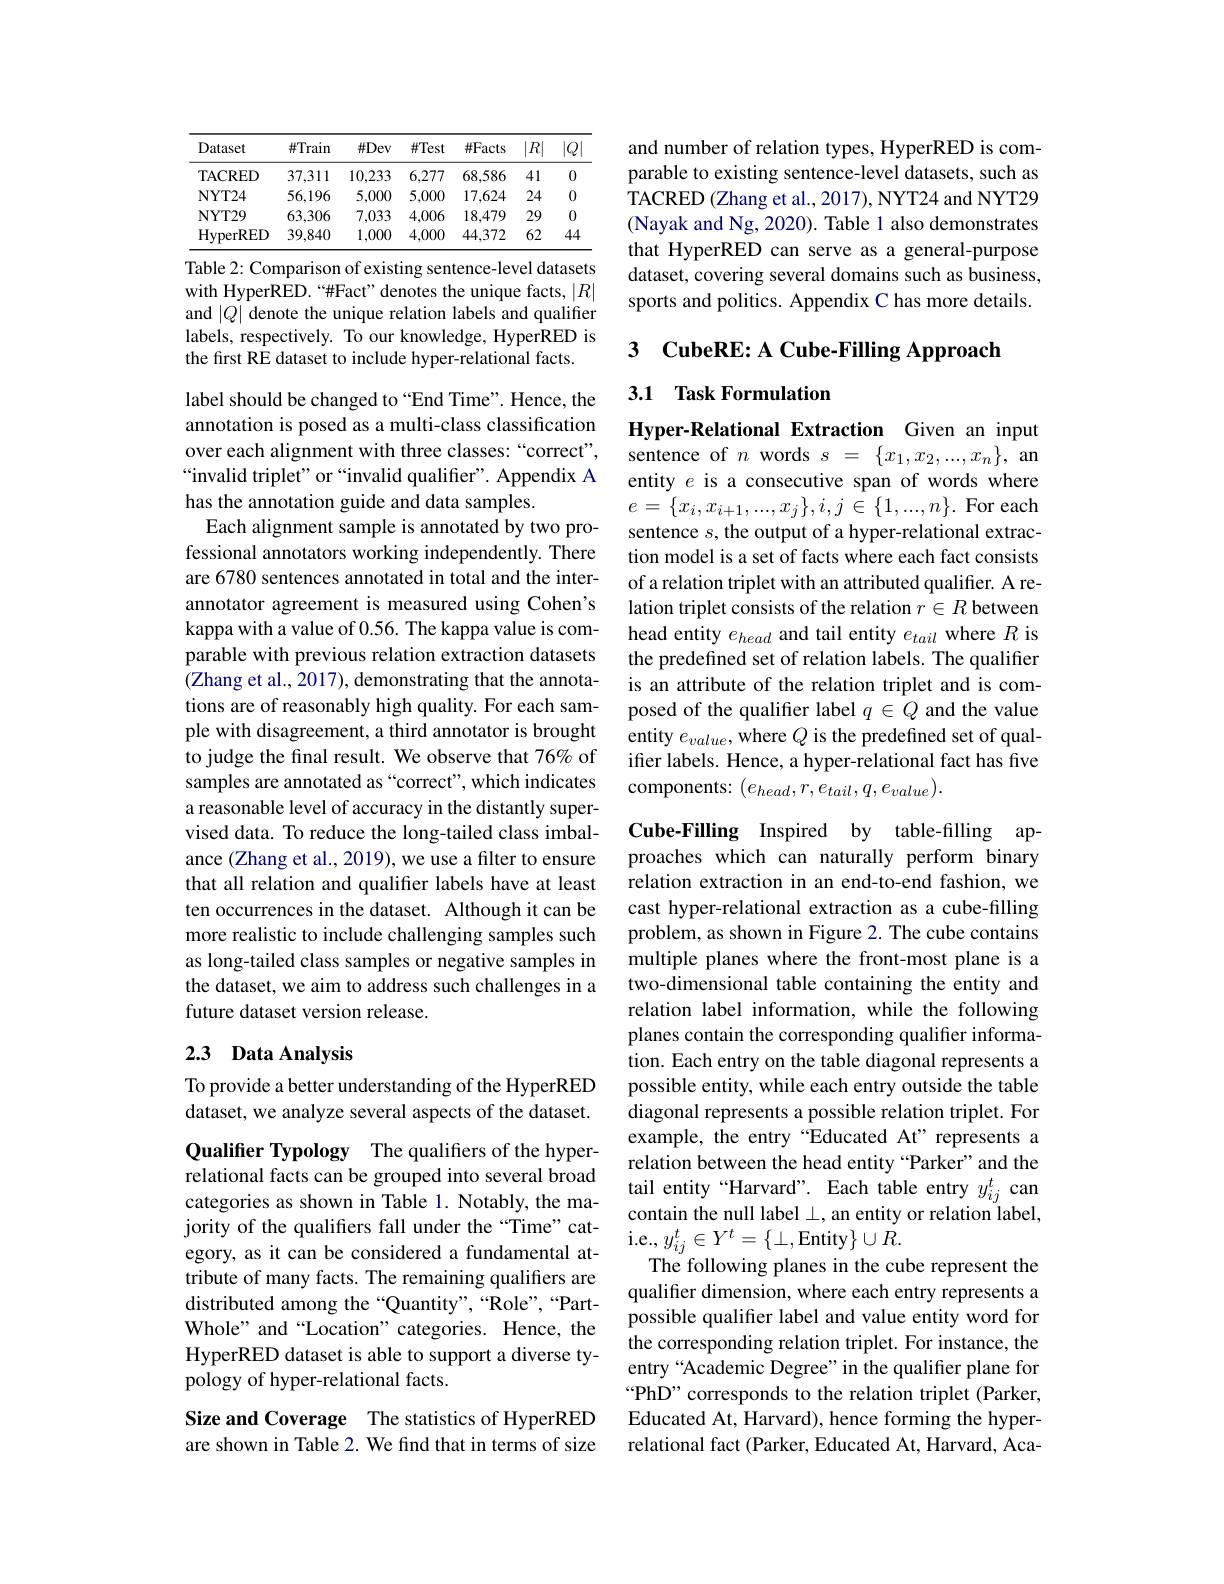
<table>
	<tbody>
		<tr>
			<th>Dataset</th>
			<th>$\#$Train</th>
			<th>$\#Dev$</th>
			<th>$\#$Test</th>
			<th>$\#Facts$</th>
			<th>$|R|$</th>
			<th>$|Q$</th>
		</tr>
		<tr>
			<td>TACRED</td>
			<td>37,311</td>
			<td>10,233</td>
			<td>6,277</td>
			<td>68,586</td>
			<td>41</td>
			<td>0</td>
		</tr>
		<tr>
			<td>$\mathbf{NYT24}$</td>
			<td>56,196</td>
			<td>5,000</td>
			<td>5,000</td>
			<td>17,624</td>
			<td>24</td>
			<td>0</td>
		</tr>
		<tr>
			<td>$\mathbf{NYT29}$</td>
			<td>63,306</td>
			<td>7,033</td>
			<td>4,006</td>
			<td>18,479</td>
			<td>29</td>
			<td>0</td>
		</tr>
		<tr>
			<td>HyperRED</td>
			<td>39,840</td>
			<td>1,000</td>
			<td>4,000</td>
			<td>44,372</td>
			<td>62</td>
			<td>44</td>
		</tr>
	</tbody>
</table>
Table 2: Comparison of existing sentence-level datasets

with HyperRED.“#Fact” denotes the unique facts, $|R|$ and $|Q|$ denote the unique relation labels and qualifier labels, respectively. To our knowledge, HyperRED is the first RE dataset to include hyper-relational facts.

label should be changed to“End Time”. Hence, the annotation is posed as a multi-class classification over each alignment with three classes:“correct”, “invalid triplet" or “invalid qualifier”. Appendix A has the annotation guide and data samples.
Each alignment sample is annotated by two professional annotators working independently. There are 6780 sentences annotated in total and the interannotator agreement is measured using Cohen's kappa with a value of 0.56. The kappa value is comparable with previous relation extraction datasets (Zhang et al., 2017), demonstrating that the annotations are of reasonably high quality. For each sample with disagreement, a third annotator is brought to judge the final result. We observe that 76% of samples are annotated as “correct”, which indicates a reasonable level of accuracy in the distantly supervised data. To reduce the long-tailed class imbalance (Zhang et al., 2019), we use a filter to ensure that all relation and qualifier labels have at least ten occurrences in the dataset. Although it can be more realistic to include challenging samples such as long-tailed class samples or negative samples in the dataset, we aim to address such challenges in a future dataset version release.

## 2.3 Data Analysis

To provide a better understanding of the HyperRED dataset, we analyze several aspects of the dataset.

Qualifier Typology The qualifiers of the hyperrelational facts can be grouped into several broad categories as shown in Table 1. Notably, the majority of the qualifiers fall under the“Time”category, as it can be considered a fundamental attribute of many facts. The remaining qualifiers are distributed among the “Quantity”,“Role”,“PartWhole" and “Location” categories. Hence, the HyperRED dataset is able to support a diverse typology of hyper-relational facts.

Size and Coverage The statistics of HyperRED are shown in Table 2. We find that in terms of size

and number of relation types, HyperRED is comparable to existing sentence-level datasets, such as TACRED (Zhang et al., 2017), NYT24 and NYT29 (Nayak and Ng, 2020). Table l also demonstrates that HyperRED can serve as a general-purpose dataset, covering several domains such as business, sports and politics. Appendix C has more details.

3 $\textbf{CubeRE: A Cube- Filling Approach}$
3.1 Task Formulation

Hyper-Relational Extraction Given an input sentence of $n$ words $s=\{x_1,x_2,...,x_n\}$, an entity $e$ is a consecutive span of words where $e=\{x_i,x_{i+1},...,x_j\},i,j\in\{1,...,n\}.$ For each sentence $s$,the output of a hyper-relational extraction model is a set of facts where each fact consists of a relation triplet with an attributed qualifier. A relation triplet consists of the relation $r\in R$ between head entity $e_{head}$ and tail entity $e_{tail}$ where $R$ is the predefined set of relation labels. The qualifier is an attribute of the relation triplet and is composed of the qualifier label $q\in Q$ and the value entity $e_value$, where $Q$ is the predefined set of qualifter labels. Hence, a hyper-relational fact has five components: $(e_{head},r,e_{tail},q,e_{value}).$

Cube-Filling Inspired by table-filling approaches which can naturally perform binary relation extraction in an end-to-end fashion, we cast hyper-relational extraction as a cube-filling problem, as shown in Figure 2. The cube contains multiple planes where the front-most plane is a two-dimensional table containing the entity and relation label information, while the following planes contain the corresponding qualifer information. Each entry on the table diagonal represents a possible entity, while each entry outside the table diagonal represents a possible relation triplet. For example, the entry “Educated At”represents a relation between the head entity “Parker”and the tail entity“Harvard”. Each table entry $y_{ij}^t$ can contain the null label $\bot$, an entity or relation label, i. e. , $y_{ij}^{t}\in Y^{t}= \{ \bot $,Entity$\}\cup R.$
The following planes in the cube represent the qualifier dimension, where each entry represents a possible qualifier label and value entity word for the corresponding relation triplet. For instance, the entry “Academic Degree”in the qualifier plane for “PhD”corresponds to the relation triplet (Parker, Educated At, Harvard), hence forming the hyperrelational fact (Parker, Educated At, Harvard, Aca-